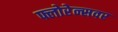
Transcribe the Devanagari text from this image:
फ्लोरेन्सवर